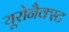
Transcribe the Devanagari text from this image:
यूरोनैक्स्ट